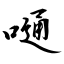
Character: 嗵